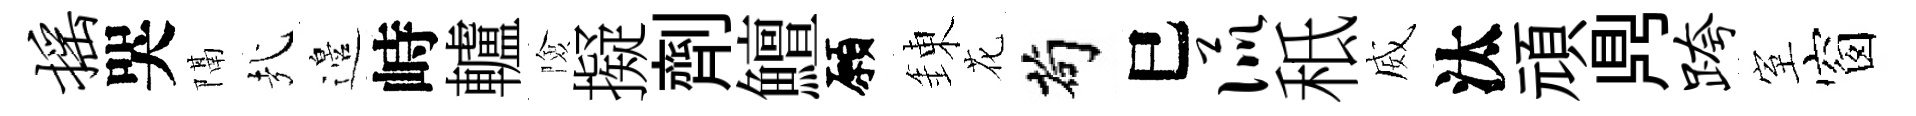
摇哭隔㢤邉峙轤險擬劑鱣願錬花茍巳侃秪威汰頑𪔂跨室窗